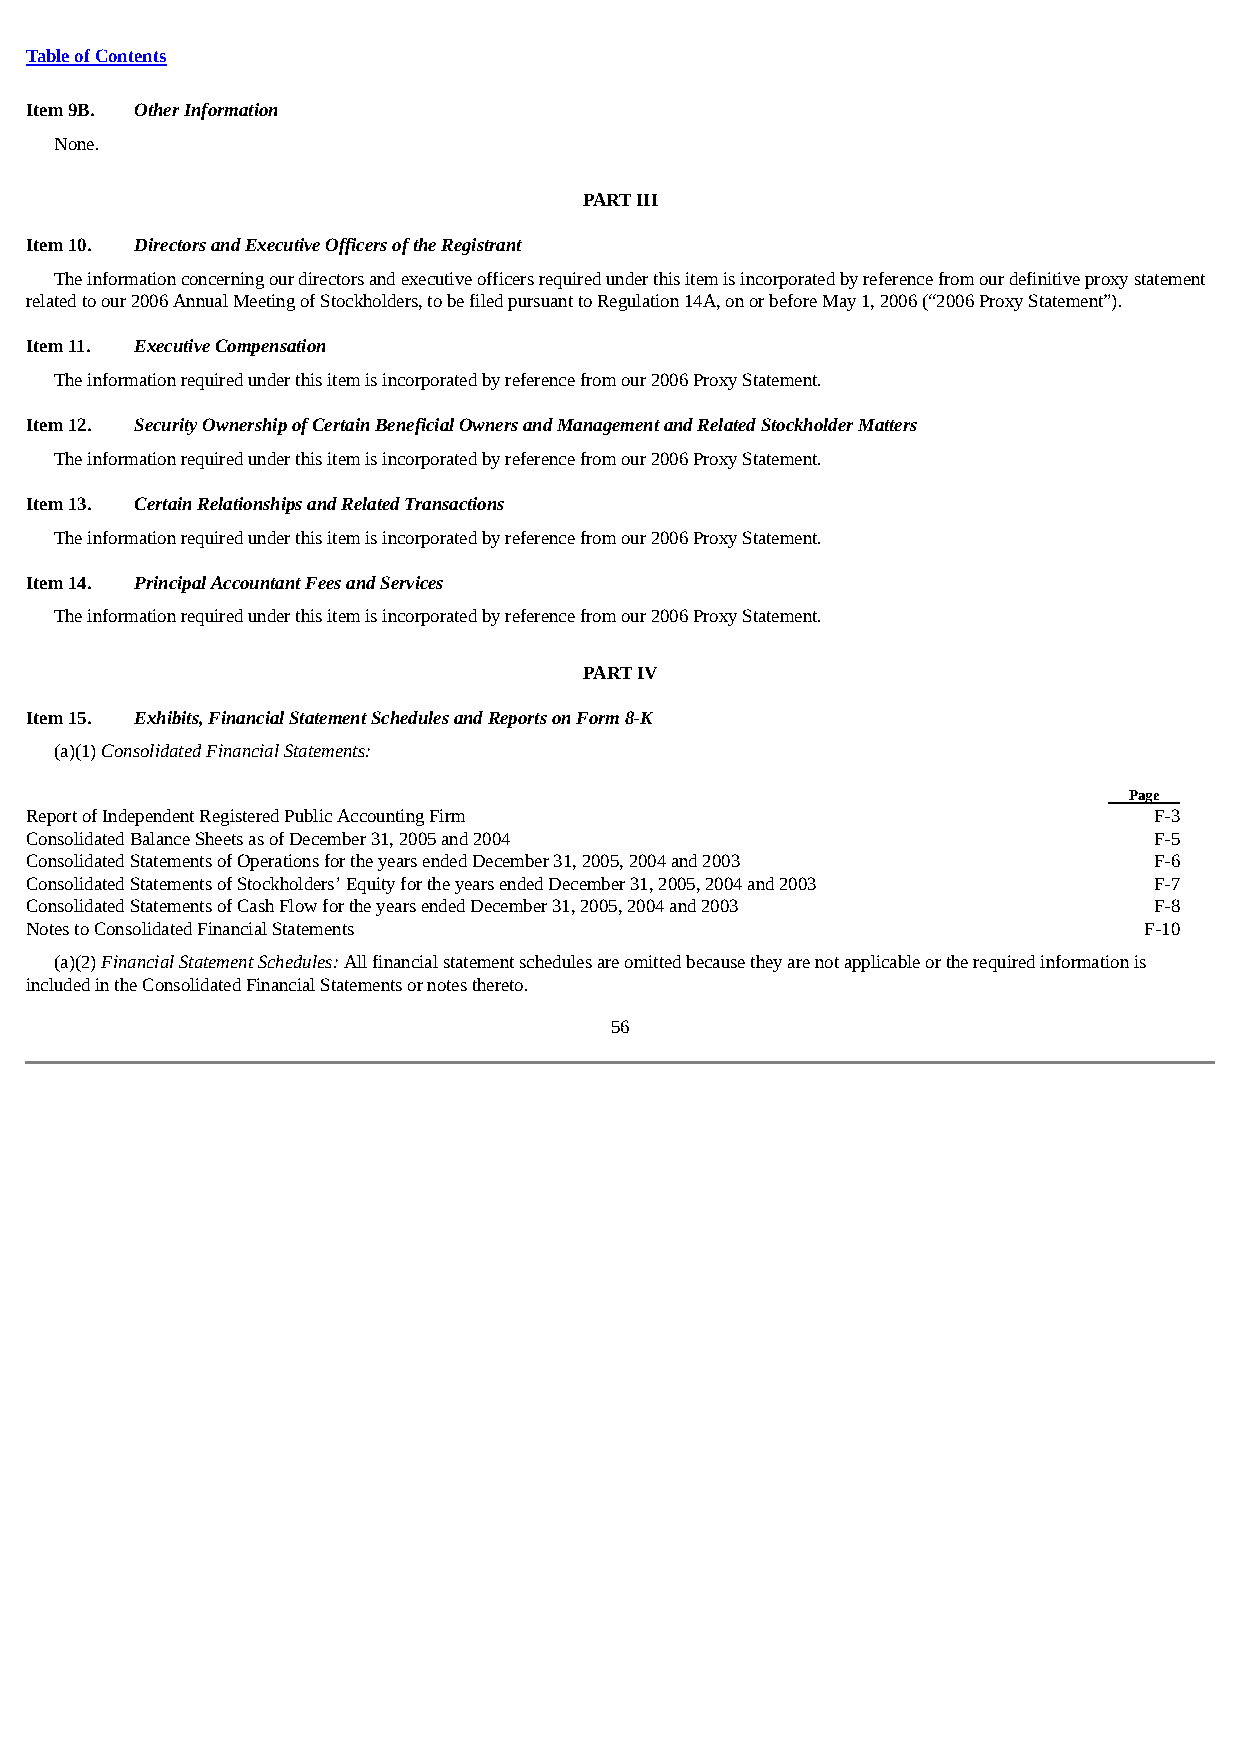
Table of Contents
 Item 9B. Other Information
 None.
 PART III
 Item 10. Directors and Executive Officers of the Registrant
 The information concerning our directors and executive officers required under this item is incorporated by reference from our definitive proxy statement
 related to our 2006 Annual Meeting of Stockholders, to be filed pursuant to Regulation 14A, on or before May 1, 2006 (“2006 Proxy Statement”).
 Item 11. Executive Compensation
 The information required under this item is incorporated by reference from our 2006 Proxy Statement.
 Item 12. Security Ownership of Certain Beneficial Owners and Management and Related Stockholder Matters
 The information required under this item is incorporated by reference from our 2006 Proxy Statement.
 Item 13. Certain Relationships and Related Transactions
 The information required under this item is incorporated by reference from our 2006 Proxy Statement.
 Item 14. Principal Accountant Fees and Services
 The information required under this item is incorporated by reference from our 2006 Proxy Statement.
 PART IV
 Item 15. Exhibits, Financial Statement Schedules and Reports on Form 8-K
 (a)(1) Consolidated Financial Statements:
 Pa ge
 Report of Independent Registered Public Accounting Firm                   F-3
 Consolidated Balance Sheets as of December 31, 2005 and 2004              F-5
 Consolidated Statements of Operations for the years ended December 31, 2005, 2004 and 2003 F-6
 Consolidated Statements of Stockholders’ Equity for the years ended December 31, 2005, 2004 and 2003 F-7
 Consolidated Statements of Cash Flow for the years ended December 31, 2005, 2004 and 2003 F-8
 Notes to Consolidated Financial Statements                                F-10
 (a)(2) Financial Statement Schedules: All financial statement schedules are omitted because they are not applicable or the required information is
 included in the Consolidated Financial Statements or notes thereto.
 56